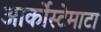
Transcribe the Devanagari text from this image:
आर्कोस्टेमाटा